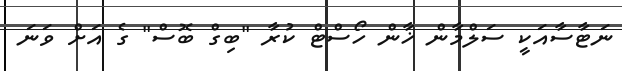
ނަޓާސާއަކީ ސަލްމާން ޚާން ހޯސްޓް ކުރާ "ބިގް ބޮސް" ގެ އަށް ވަނަ